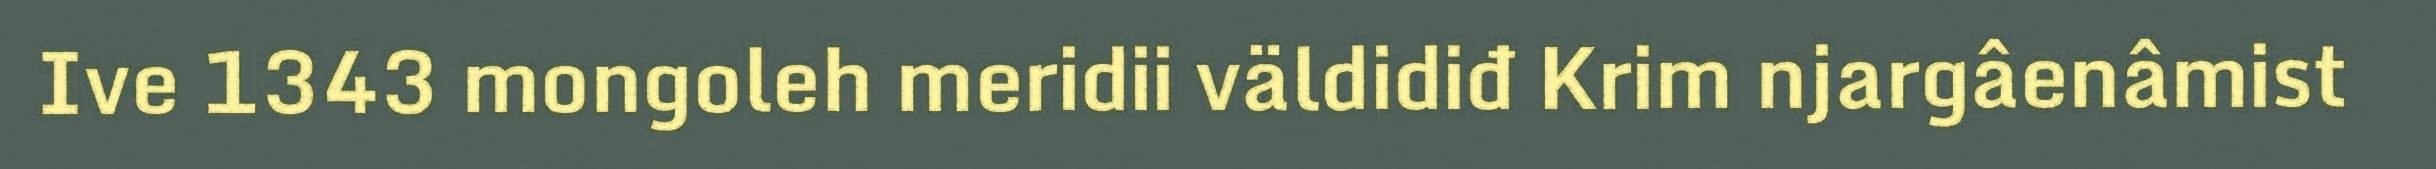
Ive 1343 mongoleh meridii väldidiđ Krim njargâenâmist